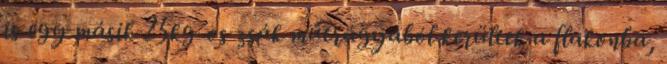
is egy másik 25kg-os zsák műtrágyából kerültek a flakonba,